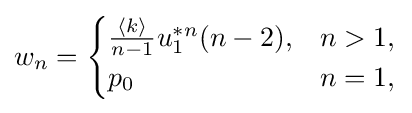
w_{n}={\begin{cases}{\frac {\langle k\rangle }{n-1}}u_{1}^{*n}(n-2),&n>1,\\p_{0}&n=1,\end{cases}}